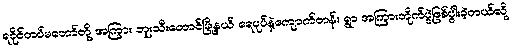
ရခိုင်တပ်မတော်တို့ အကြား ဘူးသီးတောင်မြို့နယ် ရေပုပ်နဲ့ကျောက်တန်း ရွာ အကြားတိုက်ပွဲဖြစ်ပွါးခဲ့တယ်လို့